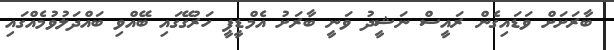
ބާރަށަށް ވަޑައިގެން ރައީސް ނަޝީދު ވަނީ ބާރަށު އެމްޑީޕީ ހަރުގޭގައި ބޭއްވި ބައްދަލުވުމެއްގައި